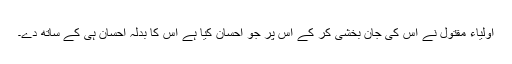
اولیاء مقتول نے اس کی جان بخشی کر کے اس پر جو احسان کیا ہے اس کا بدلہ احسان ہی کے ساتھ دے۔